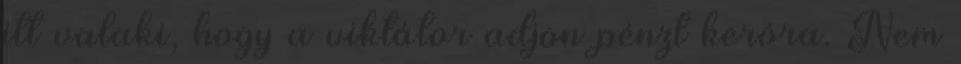
itt valaki, hogy a viktátor adjon pénzt keróra. Nem